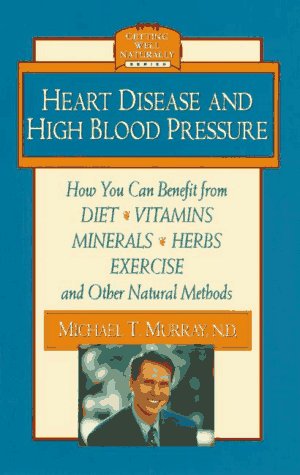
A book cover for Heart Disease and High Blood Pressure (Getting Well Naturally); Michael T. Murray N.D.; Health, Fitness & Dieting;